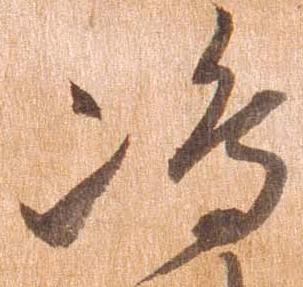
島